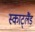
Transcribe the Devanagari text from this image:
स्काट्लैंड